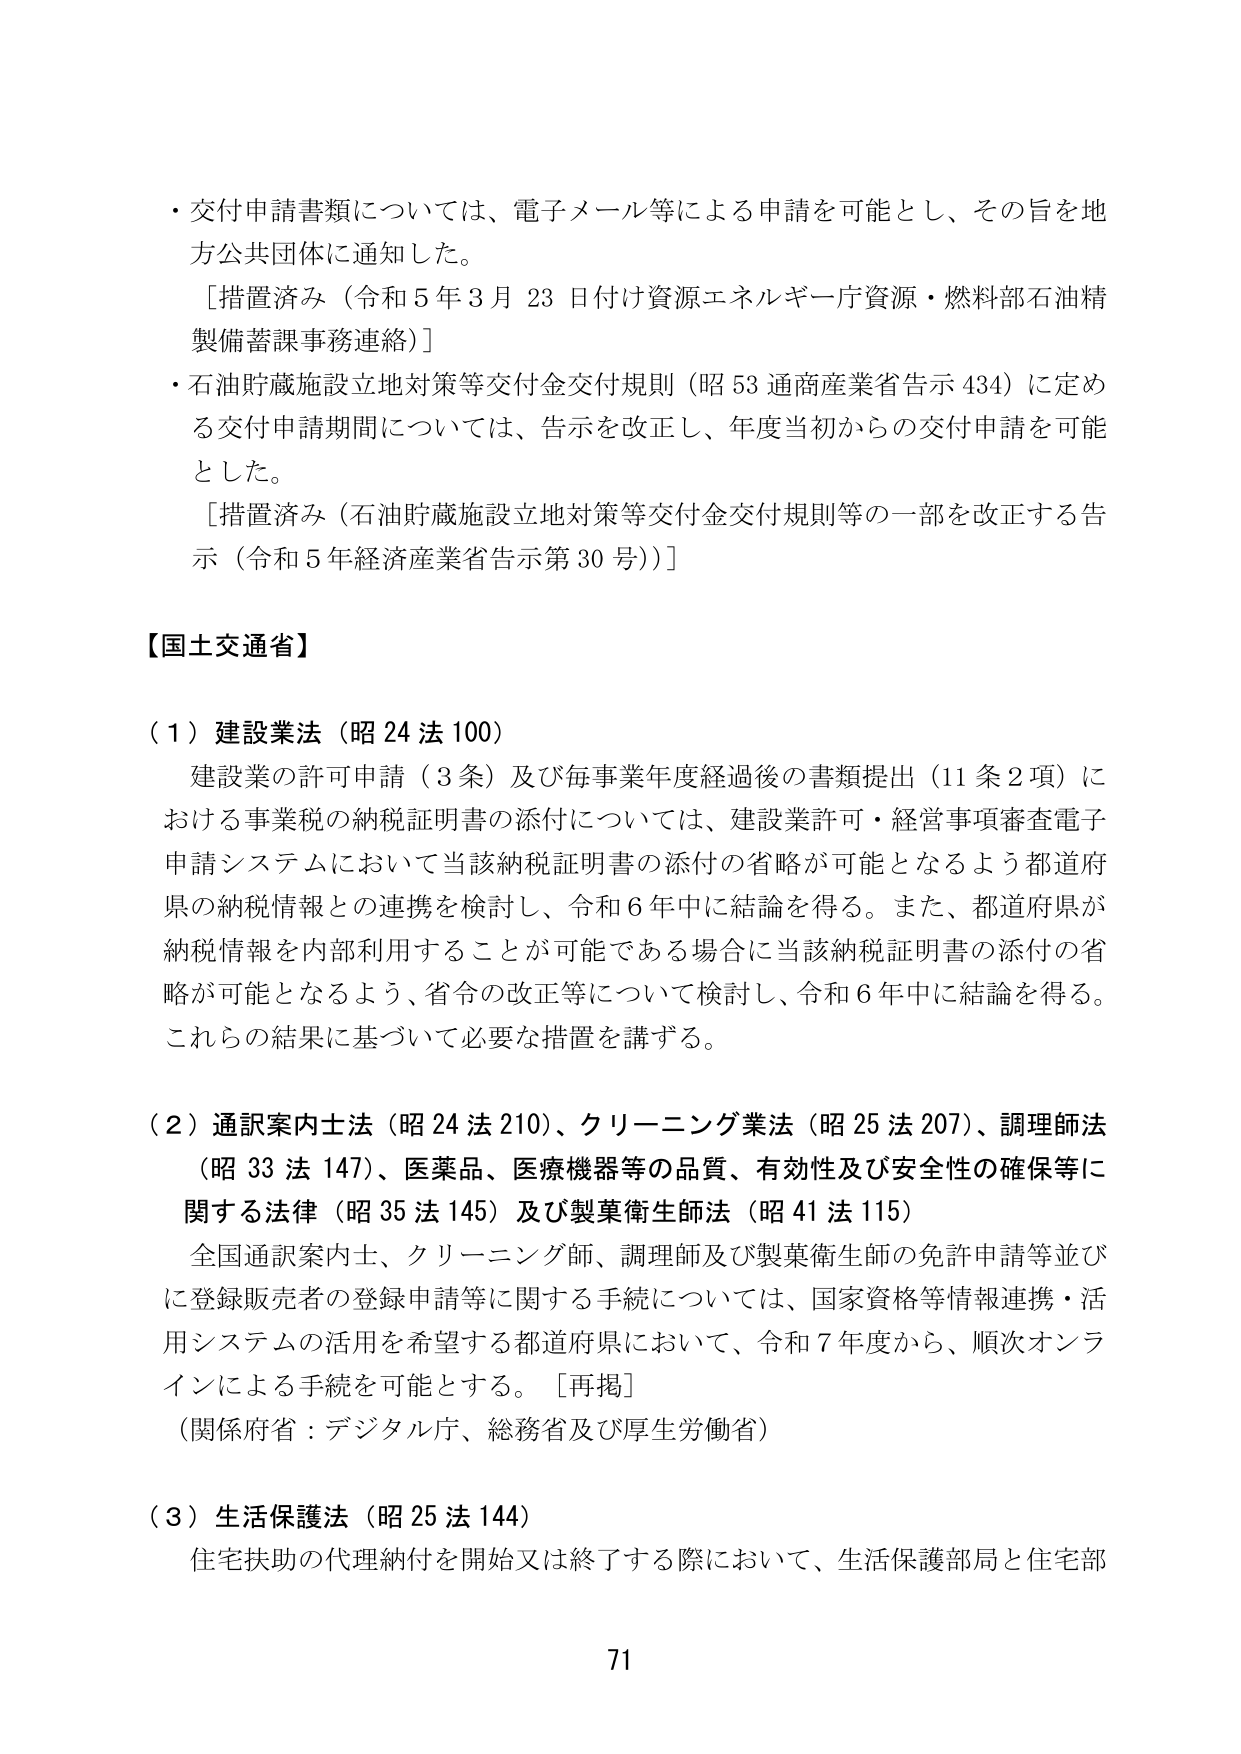
・交付申請書類については、電子メール等による申請を可能とし、その旨を地方公共団体に通知した。
［措置済み（令和５年３月23日付け資源エネルギー庁資源・燃料部石油精製備蓄課事務連絡）］
・石油貯蔵施設立地対策等交付金交付規則（昭53通商産業省告示434）に定める交付申請期間については、告示を改正し、年度当初からの交付申請を可能とした。
［措置済み（石油貯蔵施設立地対策等交付金交付規則等の一部を改正する告示（令和５年経済産業省告示第30号））］

【国土交通省】

（１）建設業法（昭24法100）
建設業の許可申請（3条）及び毎事業年度経過後の書類提出（11条2項）における事業税の納税証明書の添付については、建設業許可・経営事項審査電子申請システムにおいて当該納税証明書の添付の省略が可能となるよう都道府県の納税情報との連携を検討し、令和6年中に結論を得る。また、都道府県が納税情報を内部利用することが可能である場合に当該納税証明書の添付の省略が可能となるよう、省令の改正等について検討し、令和6年中に結論を得る。これらの結果に基づいて必要な措置を講ずる。

（２）通訳案内士法（昭24法210）、クリーニング業法（昭25法207）、調理師法（昭33法147）、医薬品、医療機器等の品質、有効性及び安全性の確保等に関する法律（昭35法145）及び製薬衛生師法（昭41法115）
全国通訳案内士、クリーニング師、調理師及び製薬衛生師の免許申請等並びに登録販売者の登録申請等に関する手続については、国家資格等情報連携・活用システムの活用を希望する都道府県において、令和7年度から、順次オンラインによる手続を可能とする。［再掲］
（関係府省：デジタル庁、総務省及び厚生労働省）

（３）生活保護法（昭25法144）
住宅扶助の代理納付を開始又は終了する際において、生活保護部局と住宅部

71